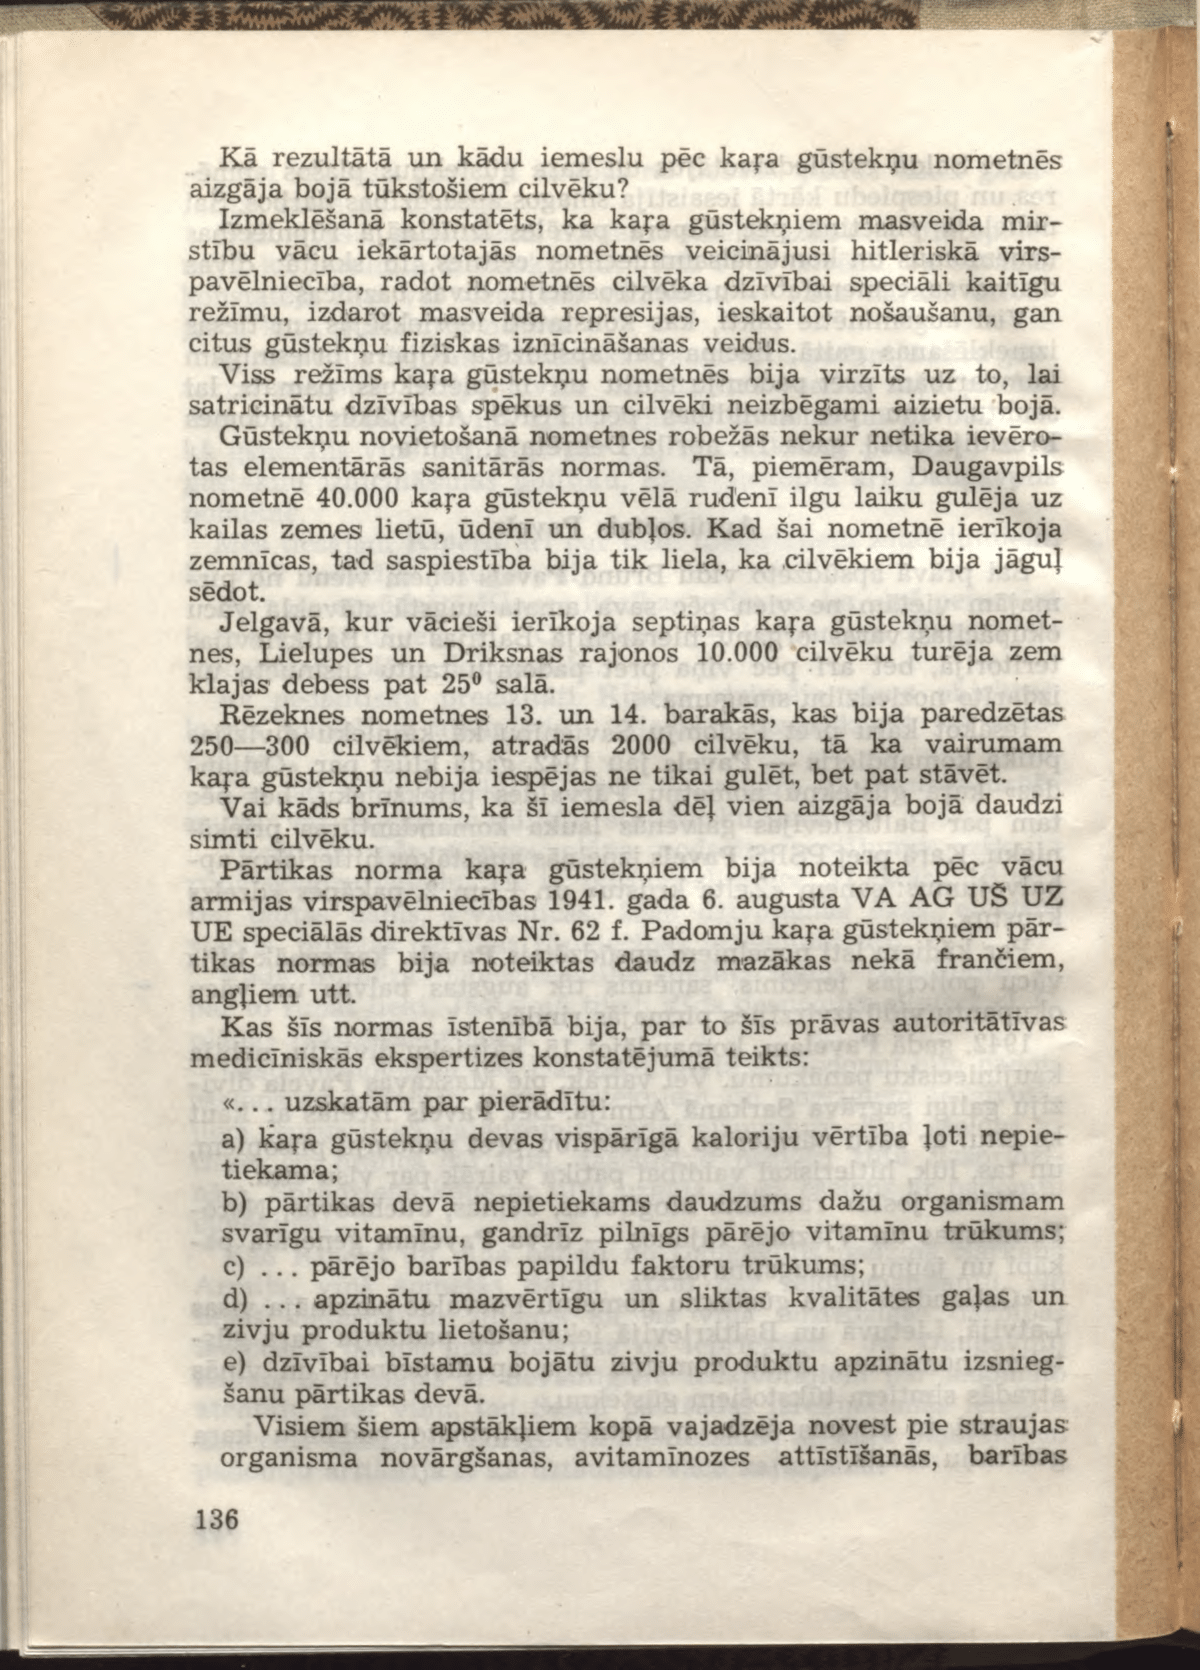
Language: lv